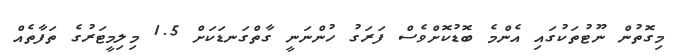
މިގޮތުން ނޫޓުތަކުގައި އެންމެ ބޮޑުކޮށްވެސް ފަރަގު ހުންނަނީ ގާތްގަނޑަކަށް 1.5 މިލިމީޓަރުގެ ތަފާތެއް